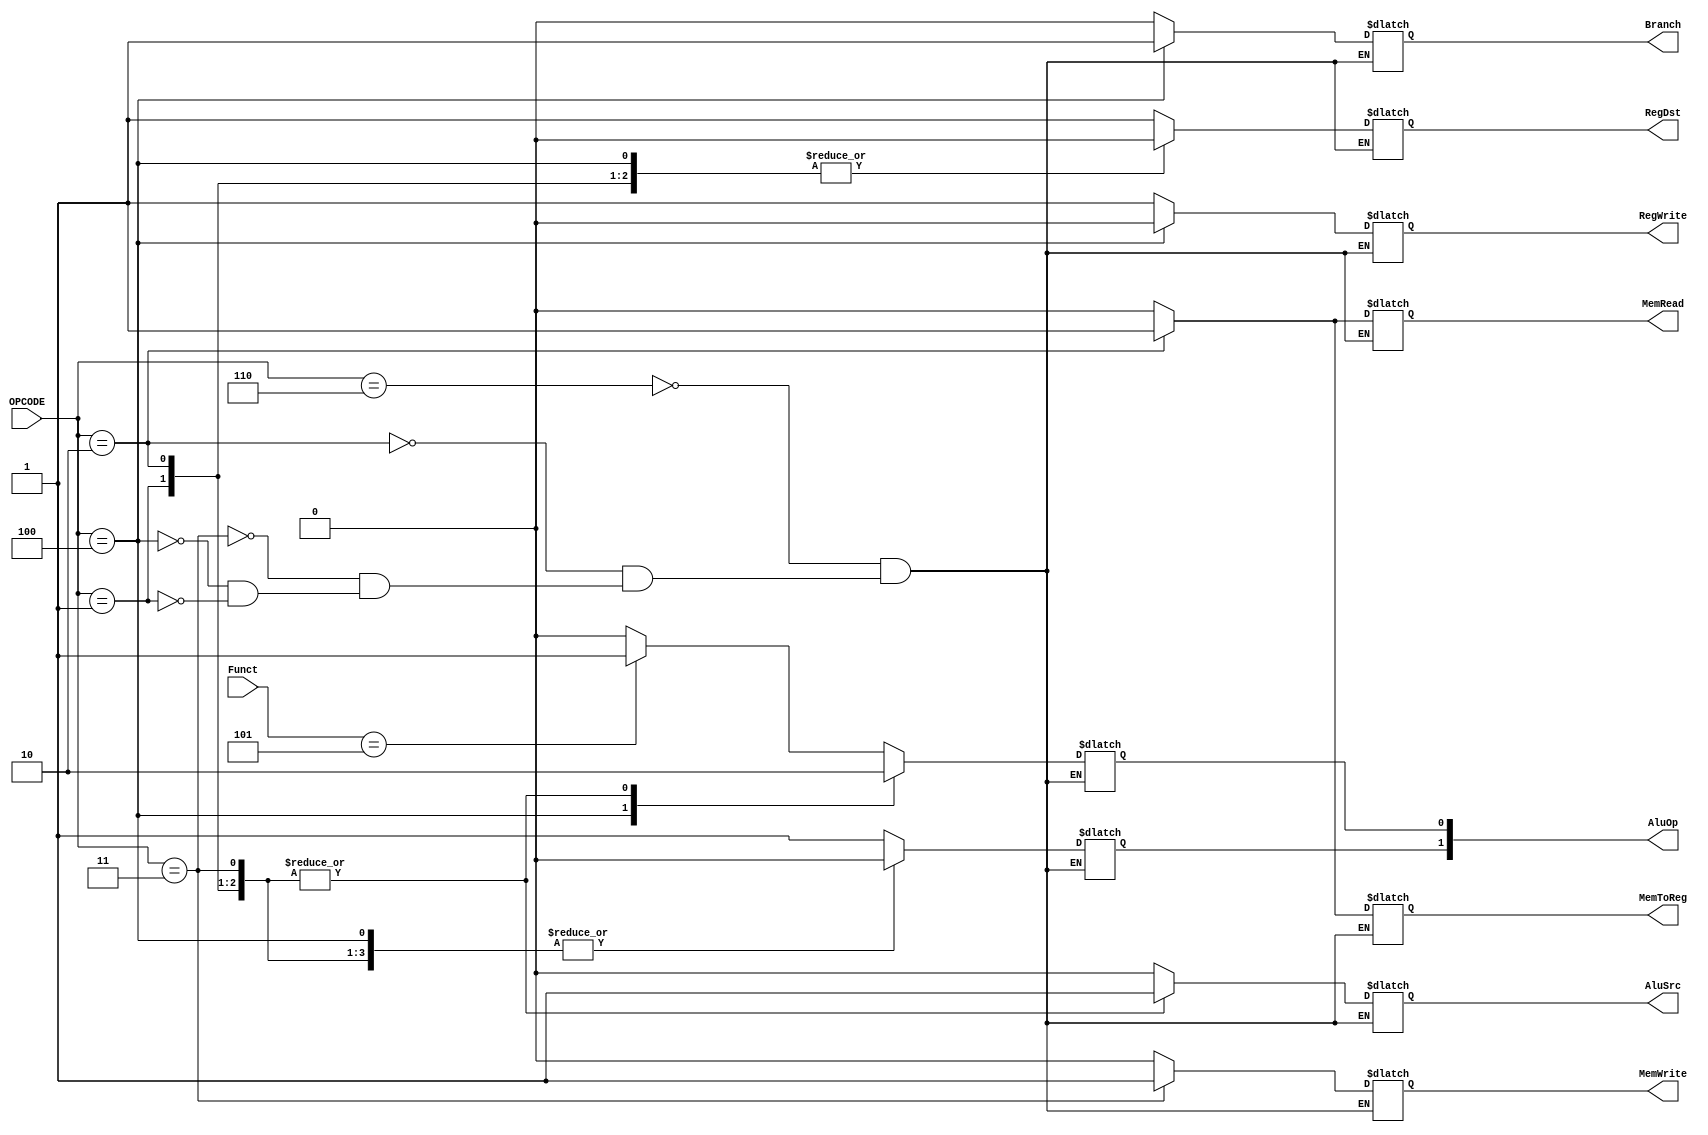
`timescale 1ns / 1ps
//////////////////////////////////////////////////////////////////////////////////
// Company: 
// Engineer: 
// 
// Design Name: 
// Module Name: CU
// Project Name: 
// Target Devices: 
// Tool Versions: 
// Description: 
// 
// Dependencies: 
// 
// Revision:
// Revision 0.01 - File Created
// Additional Comments:
// 
//////////////////////////////////////////////////////////////////////////////////


module CU(
    input [3:0] OPCODE,
    input [3:0] Funct, 
    output reg RegDst, 
    output reg Branch,
    output reg MemRead,
    output reg MemToReg,
    output reg[1:0] AluOp,
    output reg MemWrite,
    output reg AluSrc,
    output reg RegWrite
    );
    
    
always @ (OPCODE)
begin
case(OPCODE)
4'b0110: //PER R-FORMAT
    begin
         case(Funct)
         4'b0101:
            begin
               RegDst = 1'bX;
               AluSrc = 0;
               MemToReg = 0;
               RegWrite = 1'bX;
               MemRead = 0;
               MemWrite = 0;
               Branch = 0;
               AluOp[1] = 1;
               AluOp[0] = 1;
            end
            default:
            begin
            RegDst = 1;
            AluSrc = 0;
            MemToReg = 0;
            RegWrite = 1;
            MemRead = 0;
            MemWrite = 0;
            Branch = 0;
            AluOp[1] = 1;
            AluOp[0] = 0;
            end       

        endcase
    
    end

4'b0010: //PER LS
    begin
    RegDst = 0;
    AluSrc = 1;
    MemToReg = 1;
    RegWrite = 1;
    MemRead = 1;
    MemWrite = 0;
    Branch = 0;
    AluOp[1] = 0;
    AluOp[0] = 0;
    end 
    
4'b0011: //PER SS
    begin
    RegDst = 1'bX;
    AluSrc = 1;
    MemToReg = 0;
    RegWrite = 1'bX;
    MemRead = 0;
    MemWrite = 1;
    Branch = 0;
    AluOp[1] = 0;
    AluOp[0] = 0;
    end 
    
4'b0100: //PER BEQ
    begin
    RegDst = 0;
    AluSrc = 0;
    MemToReg = 0;
    RegWrite = 0;
    MemRead = 0;
    MemWrite = 0;
    Branch = 1;
    AluOp[1] = 0;
    AluOp[0] = 1;
    end 
4'b0001: //PER ADDI
    begin
     RegDst = 0;
     AluSrc = 1;
     MemToReg = 0;
     RegWrite = 1;
     MemRead = 0;
     MemWrite = 0;
     Branch = 0;
     AluOp[1] = 0;
     AluOp[0] = 0;
    end 
endcase

end

endmodule